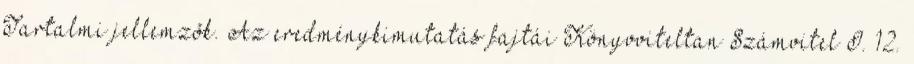
Tartalmi jellemzõk. Az eredménykimutatás fajtái Könyvviteltan Számvitel I. 12.